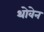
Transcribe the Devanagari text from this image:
थोवेन